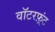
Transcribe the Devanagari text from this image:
वॉटरफ़्रंट